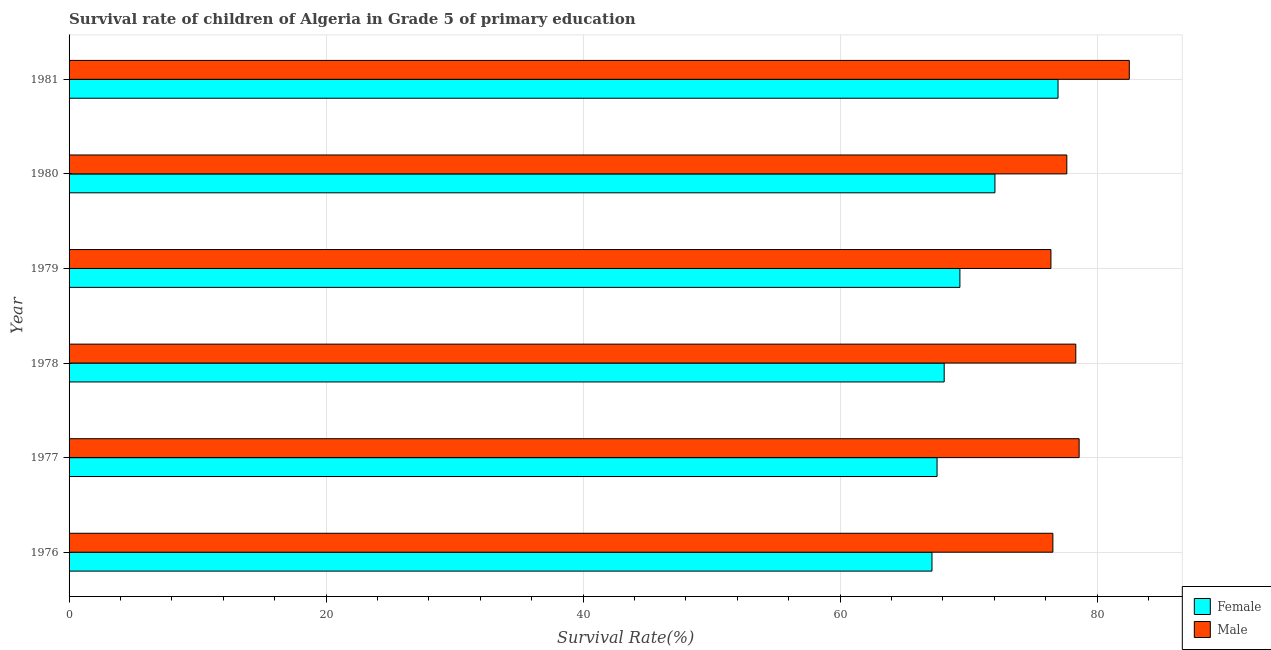
| Year | Female | Male |
 | --- | --- | --- |
 | 1976 | 67.2 | 76.6 |
 | 1977 | 67.5 | 78.6 |
 | 1978 | 68.1 | 78.3 |
 | 1979 | 69.3 | 76.4 |
 | 1980 | 72.1 | 77.6 |
 | 1981 | 77 | 82.5 |